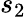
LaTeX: s_{2}